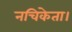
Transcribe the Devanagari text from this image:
नचिकेता।